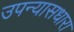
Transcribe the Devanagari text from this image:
उपन्यासधारा